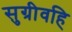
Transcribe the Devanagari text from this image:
सुग्रीवहि